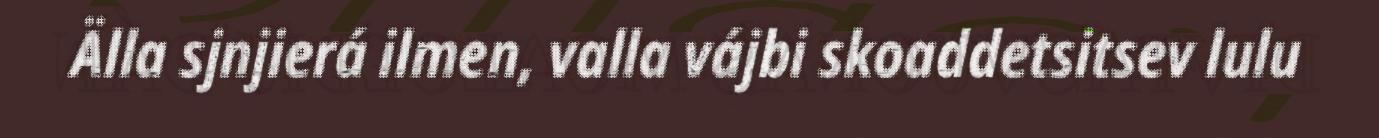
Älla sjnjierá ilmen, valla vájbi skoaddetsitsev lulu